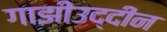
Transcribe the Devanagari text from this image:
गाझीउद्दीन